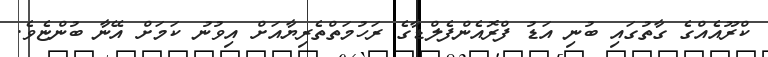
ކްރޫއެއްގެ ގާތުގައި ބުނި އަޑު ފްރޮއެންފެލްޑާގެ ރަހުމަތްތެރިޔާއަށް އިވުނު ކަމަށް އޭނާ ބުންޏެވެ.